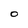
Character: O